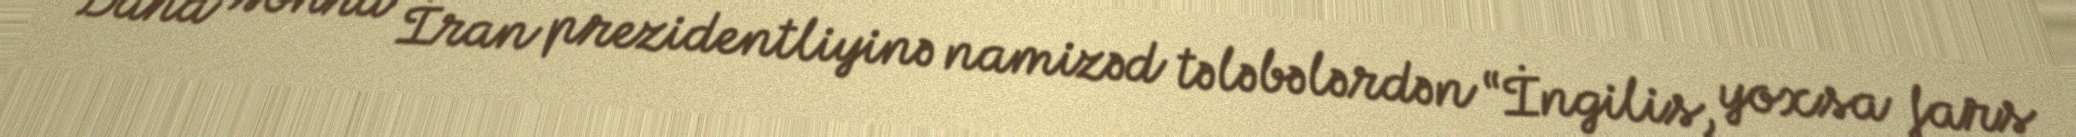
Daha sonra İran prezidentliyinə namizəd tələbələrdən “İngilis, yoxsa fars